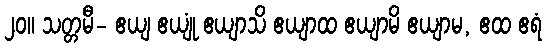
၂၀။ သတ္တမီ- ဧယျ ဧယျုံ ဧယျာသိ ဧယျာထ ဧယျာမိ ဧယျာမ, ဧထ ဧရံ